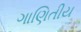
ગાણિતીય